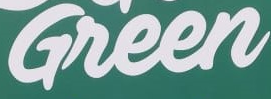
Green